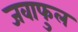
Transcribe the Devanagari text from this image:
जवाफुल